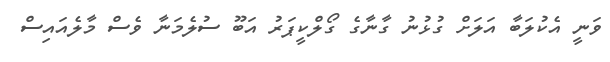
ވަނީ އެކުލަބާ އަލަށް ގުޅުނު ގާނާގެ ގޯލްކީޕަރު އަބޫ ސުލެމަނާ ވެސް މާލެއައިސް